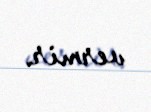
vermir.